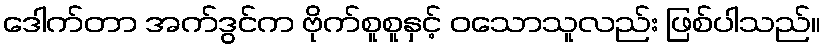
ဒေါက်တာ အက်ဒွင်က ဗိုက်စူစူနှင့် ဝသောသူလည်း ဖြစ်ပါသည်။